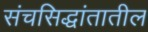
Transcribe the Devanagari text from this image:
संचसिद्धांतातील